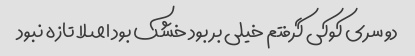
دو سری کوکی گرفتم خیلی بر بود خشک بود اصلا تازه نبود